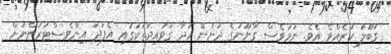
ގަބޫލު ކުރެއްވެ އެވެ. ނަމަވެސް ގާނޫނުގެ ދަށުން ހަދާ ގަވައިދުތަކުގައި އެފަދަ އިންވެސްޓަރުންނަށް